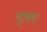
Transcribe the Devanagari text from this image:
गुफांए